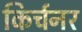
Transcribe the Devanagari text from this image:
किर्चनर